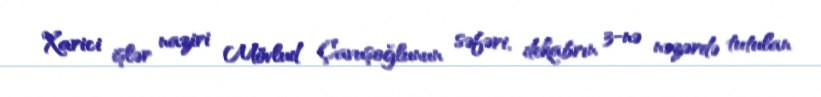
Xarici işlər naziri Mövlud Çavuşoğlunun səfəri, dekabrın 3-nə nəzərdə tutulan